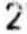
2